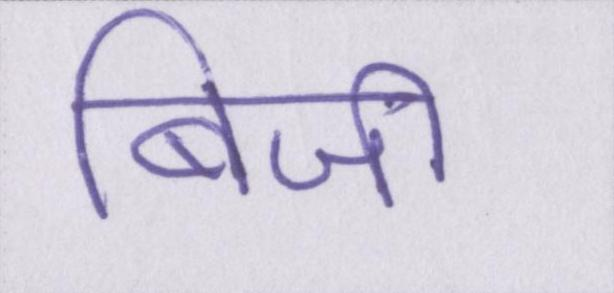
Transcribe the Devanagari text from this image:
बिजी